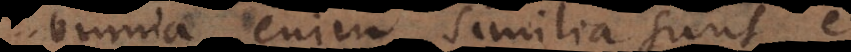
omnia enim similia sunt, et